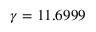
\gamma = 1 1 . 6 9 9 9